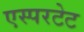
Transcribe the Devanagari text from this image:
एस्परटेट